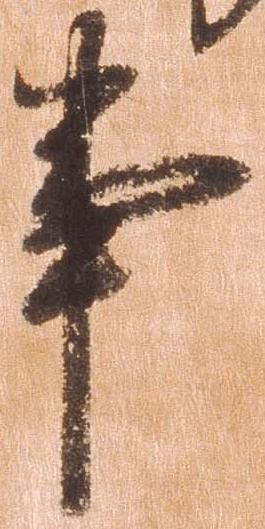
事